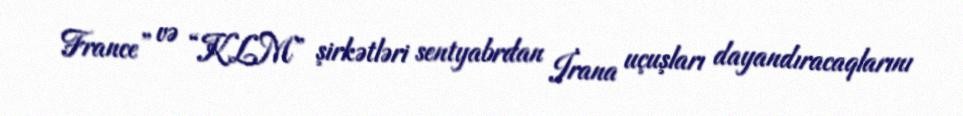
France” və “KLM” şirkətləri sentyabrdan İrana uçuşları dayandıracaqlarını